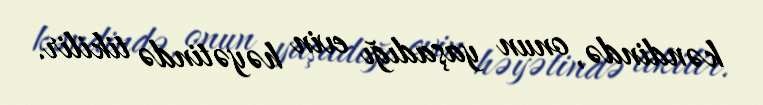
kəndində, onun yaşadığı evin həyətində tikilir.